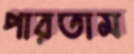
পারতাম